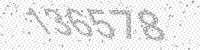
Solution: 136578